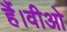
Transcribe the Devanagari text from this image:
हैं।वीओ